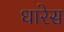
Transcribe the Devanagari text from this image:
धारेस